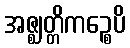
အဇ္ဈတ္တိကဉ္စေပိ